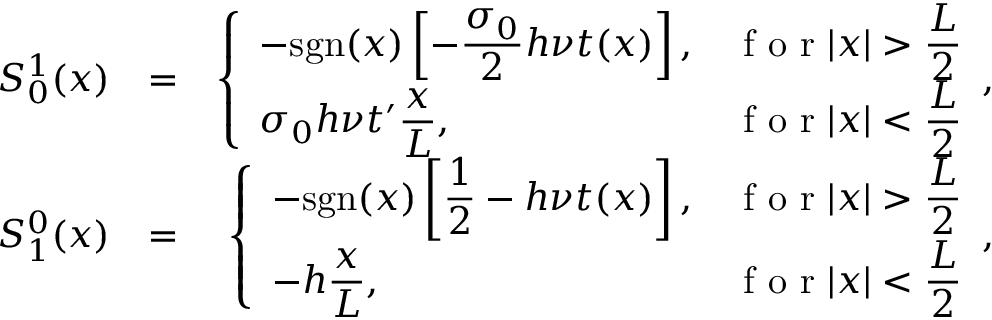
\begin{array} { r l r } { S _ { 0 } ^ { 1 } ( x ) } & { = } & { \left\{ \begin{array} { l l } { \displaystyle - \mathrm { s g n } ( x ) \left[ - \frac { \sigma _ { 0 } } { 2 } h \nu t ( x ) \right] , } & { \displaystyle \textrm { f o r } | x | > \frac { L } { 2 } } \\ { \displaystyle \sigma _ { 0 } h \nu t ^ { \prime } \frac { x } { L } , } & { \displaystyle \textrm { f o r } | x | < \frac { L } { 2 } } \end{array} , \right. } \\ { S _ { 1 } ^ { 0 } ( x ) } & { = } & { \left\{ \begin{array} { l l } { \displaystyle - \mathrm { s g n } ( x ) \left[ \frac { 1 } { 2 } - h \nu t ( x ) \right] , } & { \displaystyle \textrm { f o r } | x | > \frac { L } { 2 } } \\ { \displaystyle - h \frac { x } { L } , } & { \displaystyle \textrm { f o r } | x | < \frac { L } { 2 } } \end{array} , \right. } \end{array}